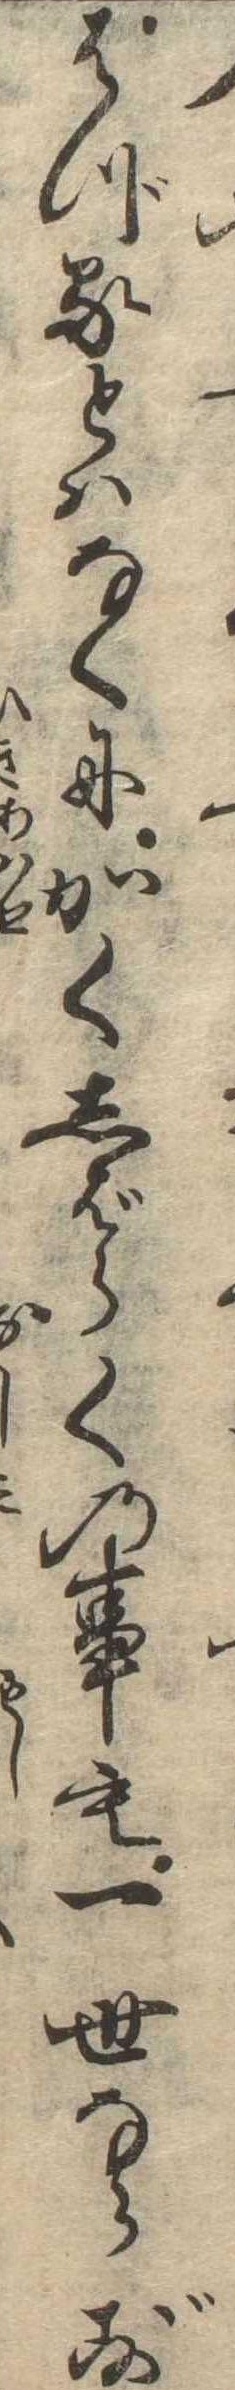
はづるとはなくにかくしばらくの事も一世ならず